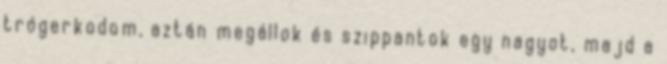
trógerkodom, aztán megállok és szippantok egy nagyot, majd a